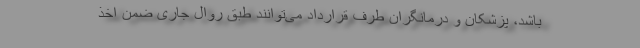
باشد، پزشکان و درمانگران طرف قرارداد می‌توانند طبق روال جاری ضمن اخذ